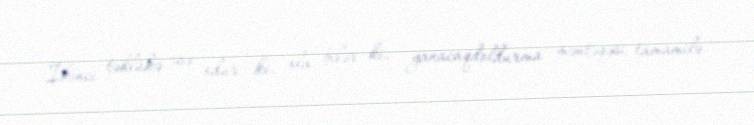
İkinci təhlükə isə odur ki, ola bilər ki, yanacaqdoldurma məntəqəsi tamamilə